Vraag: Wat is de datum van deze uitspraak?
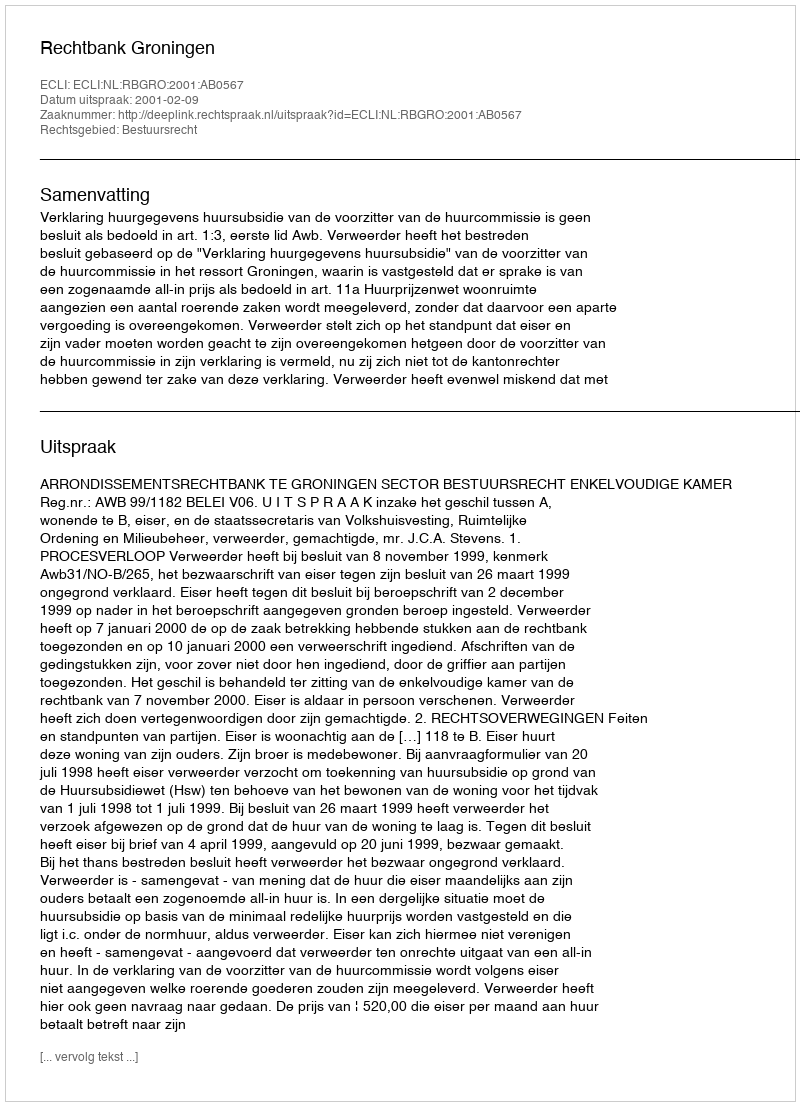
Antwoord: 2001-02-09